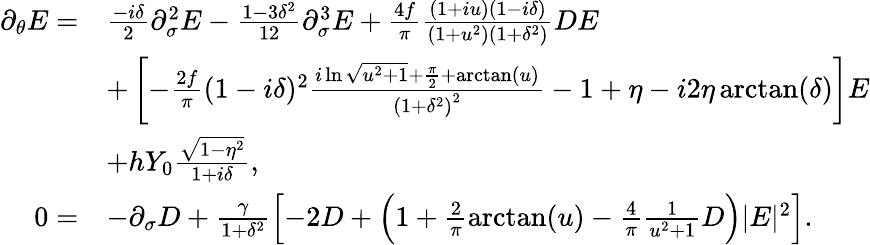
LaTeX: \begin{array}{rl}{\partial_{\theta}E=}&{\frac{-i\delta}{2}\partial_{\sigma}^{2}E-\frac{1-3\delta^{2}}{12}\partial_{\sigma}^{3}E+\frac{4f}{\pi}\frac{(1+iu)(1-i\delta)}{(1+u^{2})(1+\delta^{2})}DE}\\ &{+\left[-\frac{2f}{\pi}(1-i\delta)^{2}\frac{i\ln\sqrt{u^{2}+1}+\frac{\pi}{2}+\arctan(u)}{\left(1+\delta^{2}\right)^{2}}-1+\eta-i2\eta\arctan(\delta)\right]E}\\ &{+hY_{0}\frac{\sqrt{1-\eta^{2}}}{1+i\delta},}\\ {0=}&{-\partial_{\sigma}D+\frac{\gamma}{1+\delta^{2}}\left[-2D+\left(1+\frac{2}{\pi}\arctan(u)-\frac{4}{\pi}\frac{1}{u^{2}+1}D\right)|E|^{2}\right].}\end{array}